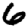
Digit: 6